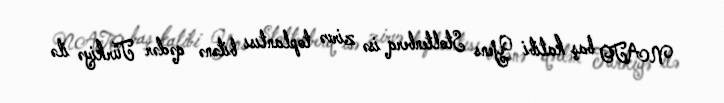
NATO baş katibi Yens Stoltenberq isə zirvə toplantısı bitənə qədər Türkiyə ilə